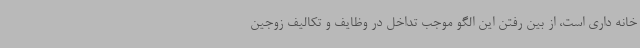
خانه داری است، از بین رفتن این الگو موجب تداخل در وظایف و تکالیف زوجین